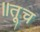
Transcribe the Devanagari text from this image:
॥तूच